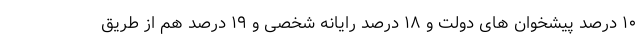
١٠ درصد پیشخوان های دولت و ١٨ درصد رایانه شخصی و ١٩ درصد هم از طریق